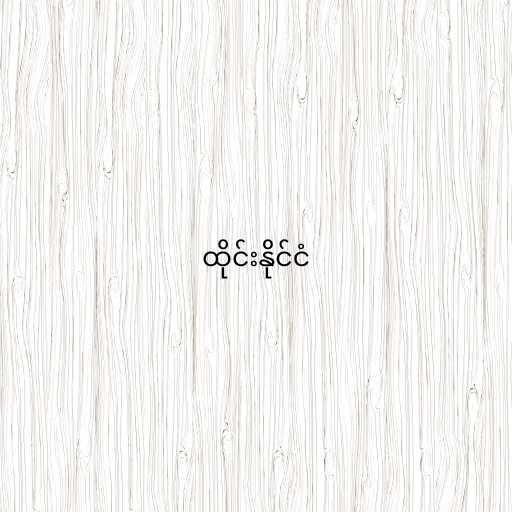
ထိုင်းနိုင်ငံ